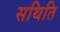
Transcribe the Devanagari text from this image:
सथिति